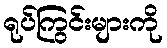
ရုပ်ကြွင်းများကို